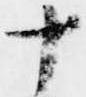
十